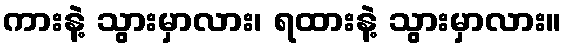
ကားနဲ့ သွားမှာလား၊ ရထားနဲ့ သွားမှာလား။